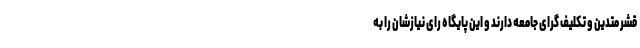
قشر متدین و تکلیف گرای جامعه دارند و این پایگاه رای نیازشان را به